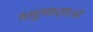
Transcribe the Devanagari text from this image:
वसूलकर्ताओं